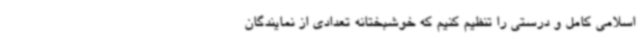
اسلامی کامل و درستی را تنظیم کنیم که خوشبختانه تعدادی از نمایندگان